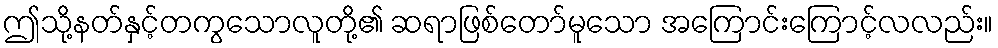
ဤသို့နတ်နှင့်တကွသောလူတို့၏ ဆရာဖြစ်တော်မူသော အကြောင်းကြောင့်လလည်း။